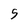
Character: 5